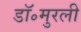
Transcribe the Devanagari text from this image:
डॉ॰मुरली